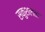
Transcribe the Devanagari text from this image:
सकुशलता